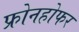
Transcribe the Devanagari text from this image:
फ्रोनहोफर